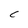
Character: C